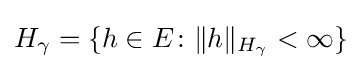
H_{\gamma }=\{h\in E\colon \|h\|_{H_{\gamma }}<\infty \}